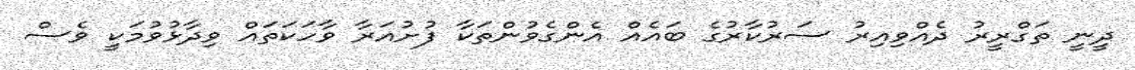
ދީނީ ތަގްރީރު ދެއްވިއިރު ސަރުކާރުގެ ބައެއް އެންގެވުންތަކާ ފުށުއަރާ ވާހަކަތައް ވިދާޅުވުމަކީ ވެސް